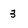
Character: 3